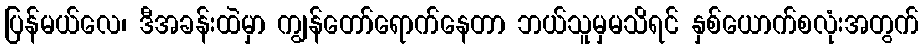
ပြန်မယ်လေ၊ ဒီအခန်းထဲမှာ ကျွန်တော်ရောက်နေတာ ဘယ်သူမှမသိရင် နှစ်ယောက်စလုံးအတွက်